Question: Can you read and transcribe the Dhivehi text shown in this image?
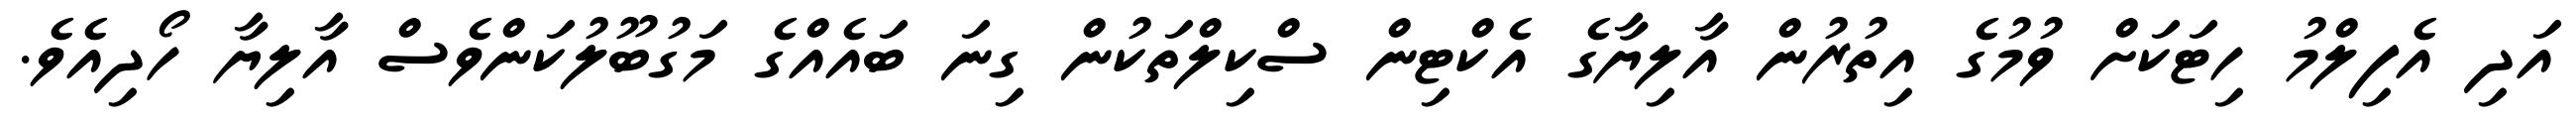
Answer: އަދި އެފިލްމު ހިޓަކަށް ވުމުގެ އިތުރުން އާލިޔާގެ އެކްޓިން ސްކިލްތަކުން ގިނަ ބައެއްގެ މަގުބޫލުކަންވެސް އާލިޔާ ހޯދިއެވެ.